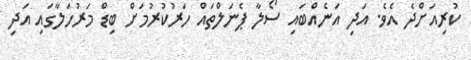
ކުރިއަށްދެ އެވެ. އަދި އަނެއްބައި ސޯލާ ޕެނަލްތައް ހަރުކުރުމަށް ބިޑް މަރުހަލާގައި އަދި